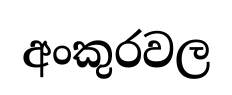
අංකුරවල